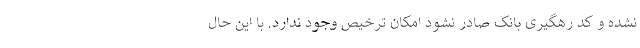
نشده و کد رهگیری بانک صادر نشود امکان ترخیص وجود ندارد. با این حال